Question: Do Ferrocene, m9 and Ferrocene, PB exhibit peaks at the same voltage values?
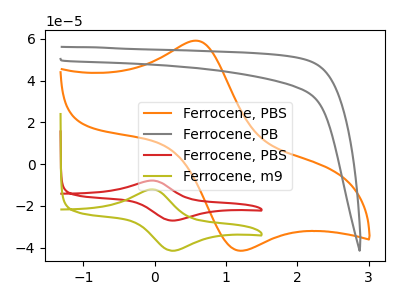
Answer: <think>The orange curve "Ferrocene, PBS" has an anodic peak at (0.60V, 59.15uA) and a cathodic peak at (1.20V, -41.50uA). The gray curve "Ferrocene, PB" has no peaks. The red curve "Ferrocene, PBS" has an anodic peak at (-0.05V, -7.85uA) and a cathodic peak at (0.25V, -27.00uA). The olive curve "Ferrocene, m9" has an anodic peak at (-0.05V, -12.05uA) and a cathodic peak at (0.25V, -41.45uA).</think>
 <answer>No, "Ferrocene, m9" and "Ferrocene, PB" have a different number of peaks.</answer>
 <eval>different_amount</eval>